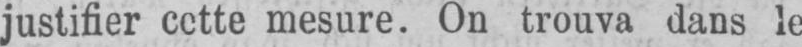
justifier cette mesure. On trouva dans le